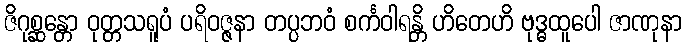
ဇိဂုစ္ဆန္တော ဝုတ္တသရူပံ ပရိဝဇ္ဇနာ တပ္ပဘဝံ စင်္ကဝါရန္တိ ဟိတေဟိ ဗုဒ္ဓထူပေါ ဇာဏုနာ